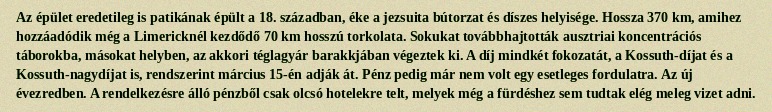
Az épület eredetileg is patikának épült a 18. században, éke a jezsuita bútorzat és díszes helyisége. Hossza 370 km, amihez hozzáadódik még a Limericknél kezdődő 70 km hosszú torkolata. Sokukat továbbhajtották ausztriai koncentrációs táborokba, másokat helyben, az akkori téglagyár barakkjában végeztek ki. A díj mindkét fokozatát, a Kossuth-díjat és a Kossuth-nagydíjat is, rendszerint március 15-én adják át. Pénz pedig már nem volt egy esetleges fordulatra. Az új évezredben. A rendelkezésre álló pénzből csak olcsó hotelekre telt, melyek még a fürdéshez sem tudtak elég meleg vizet adni.